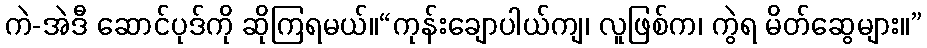
ကဲ-အဲဒီ ဆောင်ပုဒ်ကို ဆိုကြရမယ်။“ကုန်းချောပါယ်ကျ၊ လူဖြစ်က၊ ကွဲရ မိတ်ဆွေများ။”